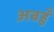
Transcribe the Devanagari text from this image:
अबहुँ